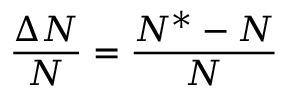
\frac { \Delta N } { N } = \frac { N ^ { * } - N } { N }